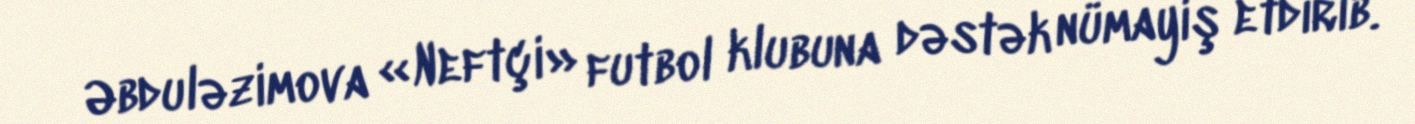
Əbduləzimova «Neftçi» futbol klubuna dəstək nümayiş etdirib.